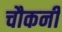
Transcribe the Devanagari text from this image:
चौकनी